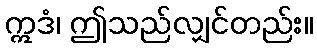
ဣဒံ၊ ဤသည်လျှင်တည်း။